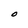
Character: O